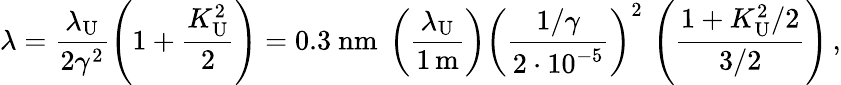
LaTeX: \lambda=\frac{\lambda_{\mathrm{U}}}{2\gamma^{2}}\left(1+\frac{K_{\mathrm{U}}^{2}}{2}\right)=0.3\ \mathrm{nm}\ \left(\frac{\lambda_{\mathrm{U}}}{1\, \mathrm{m}}\right)\left(\frac{1/\gamma}{2\cdot 10^{-5}}\right)^{2}\, \left(\frac{1+K_{\mathrm{U}}^{2}/2}{3/2}\right)\, ,